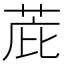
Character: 𫈋